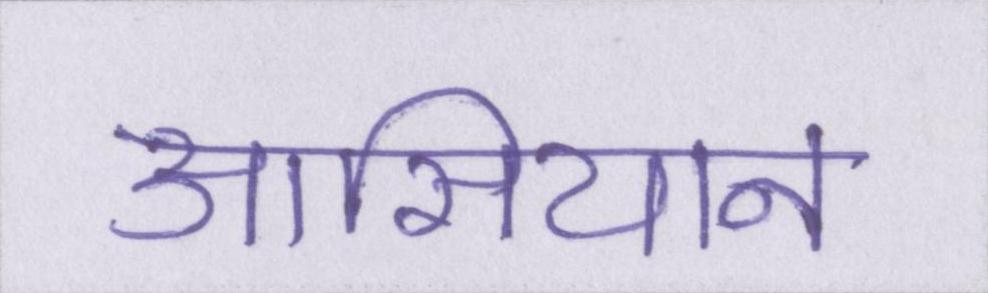
आसियान